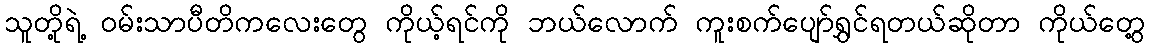
သူတို့ရဲ့ ဝမ်းသာပီတိကလေးတွေ ကိုယ့်ရင်ကို ဘယ်လောက် ကူးစက်ပျော်ရွှင်ရတယ်ဆိုတာ ကိုယ်တွေ့